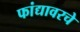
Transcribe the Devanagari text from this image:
फांद्यावरचे